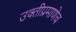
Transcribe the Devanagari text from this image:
उक्तीप्रमाणेच